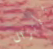
بإنزال